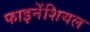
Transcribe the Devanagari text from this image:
फाइनेंशियल